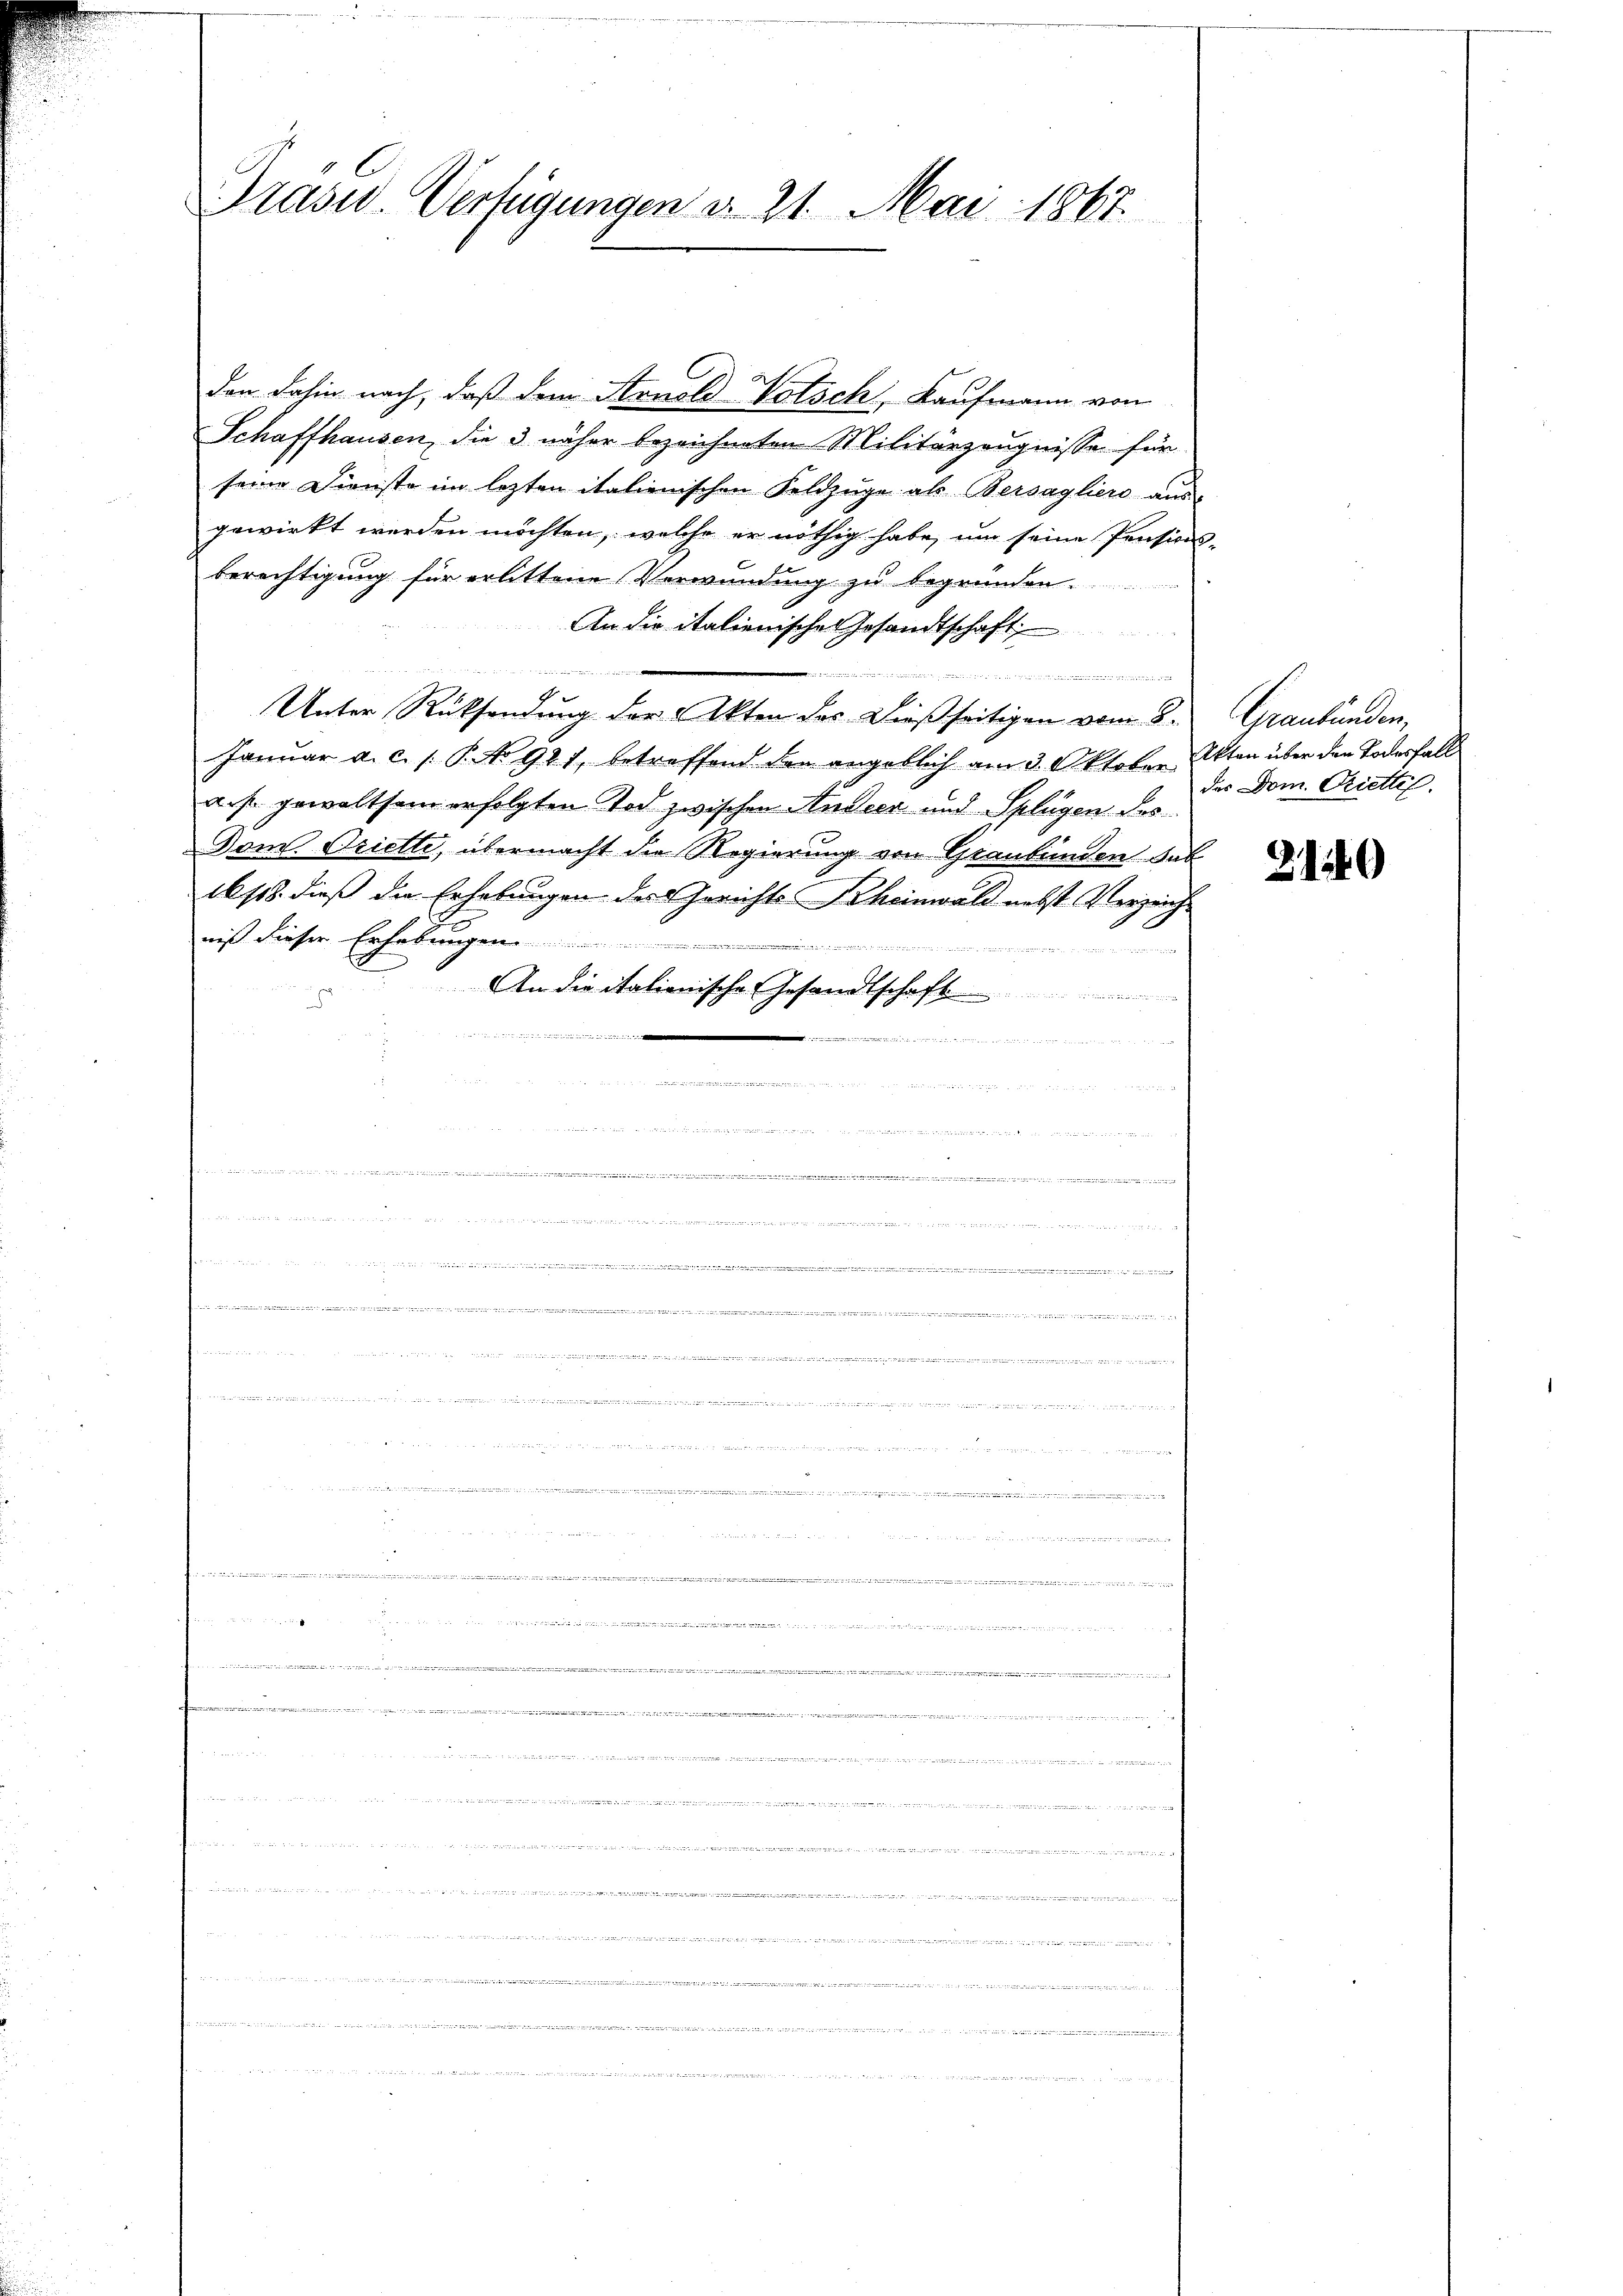
Prasur. Verfügungen d. 21. Mai 1867.

Schaffhausen, die 3 näher bezeichneten Militärzeugnisse für
seine Dienste im lezten italienischen Feldzüge als Bersagliers aus
gewirkt werden möchten, welche er nöthig habe, um seine Pensions-
berechtigung für erlittene Verwundung zu begründen.
An die italienische Gesandtschaft

Unter Rücksendung der Akten des dießseitigen vom 8. Graubünden,
Januar a. c. 1. P. No 921, betreffend den angeblich am 3. Oktober Akten über den Todesfall
a. f. gewaltsam erfolgten Tod zwischen Andeer und Splügen des
Dem Oriette, übermacht die Regierung von Graubünden hab
1s. dieß die Erhebungen des Gerichts-Scheinwald nebst Verzeichniß dieser Erhebungen...........

An die itationische Gesandtschaft
d

.

..................
aden sei dem an ein
an ein an den einen und an die

e
ge

n

u
een eigen doch nicht siche des Berichten sich den der

  .                    Alter 2. 22.
 u in ei
e

einen den sei es in eine

u           es eben

t
in wegenge der mit der wenn den werden

den dahin nach, daß dem Arnold Votsch, Kaufmann von

e

...............

a
t
g

d
de
d

der Dom. Driettel.

21149